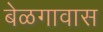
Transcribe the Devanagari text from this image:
बेळगावास